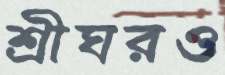
শ্রীঘরও